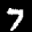
Label: 7